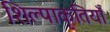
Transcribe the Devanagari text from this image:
शिल्पाकृतियाँ